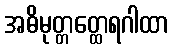
အဓိမုတ္တတ္ထေရဂါထာ